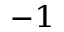
^ { - 1 }